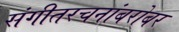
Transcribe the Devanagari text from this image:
संगीतरचनांबरोबर